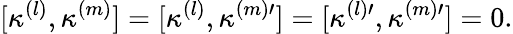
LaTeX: [\kappa^{(l)},\kappa^{(m)}]=[\kappa^{(l)},\kappa^{(m)\prime}]=[\kappa^{(l)\prime},\kappa^{(m)\prime}]=0.